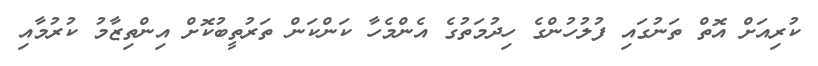
ކުރިއަށް އޮތް ތަނުގައި ފުލުހުންގެ ހިދުމަތުގެ އެންމެހާ ކަންކަން ތަރުތީބުކޮށް އިންތިޒާމު ކުރުމާއި